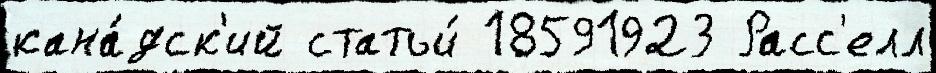
кана́дск'ий статьи́ 18591923 Расс'елл